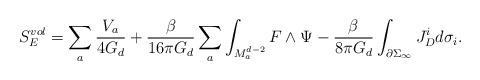
LaTeX: \begin{align*}S_{E}^{vol} = \sum_{a} \frac{V_{a}}{4 G_{d}} + \frac{\beta}{16 \pi G_{d}}\sum_{a}\int_{M_{a}^{d-2}} F \wedge \Psi - \frac{\beta}{8 \pi G_{d}} \int_{\partial\Sigma_{\infty}} J^{i}_{D} d\sigma_{i}.\end{align*}